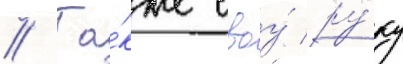
// Та́кже своу́ ру́ку